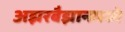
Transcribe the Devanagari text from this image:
अझरबैझानमध्ये